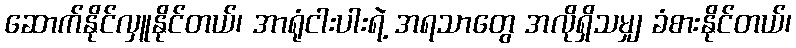
ဆောက်နိုင်လှူနိုင်တယ်၊ အာရုံငါးပါးရဲ့ အရသာတွေ အလိုရှိသမျှ ခံစားနိုင်တယ်၊